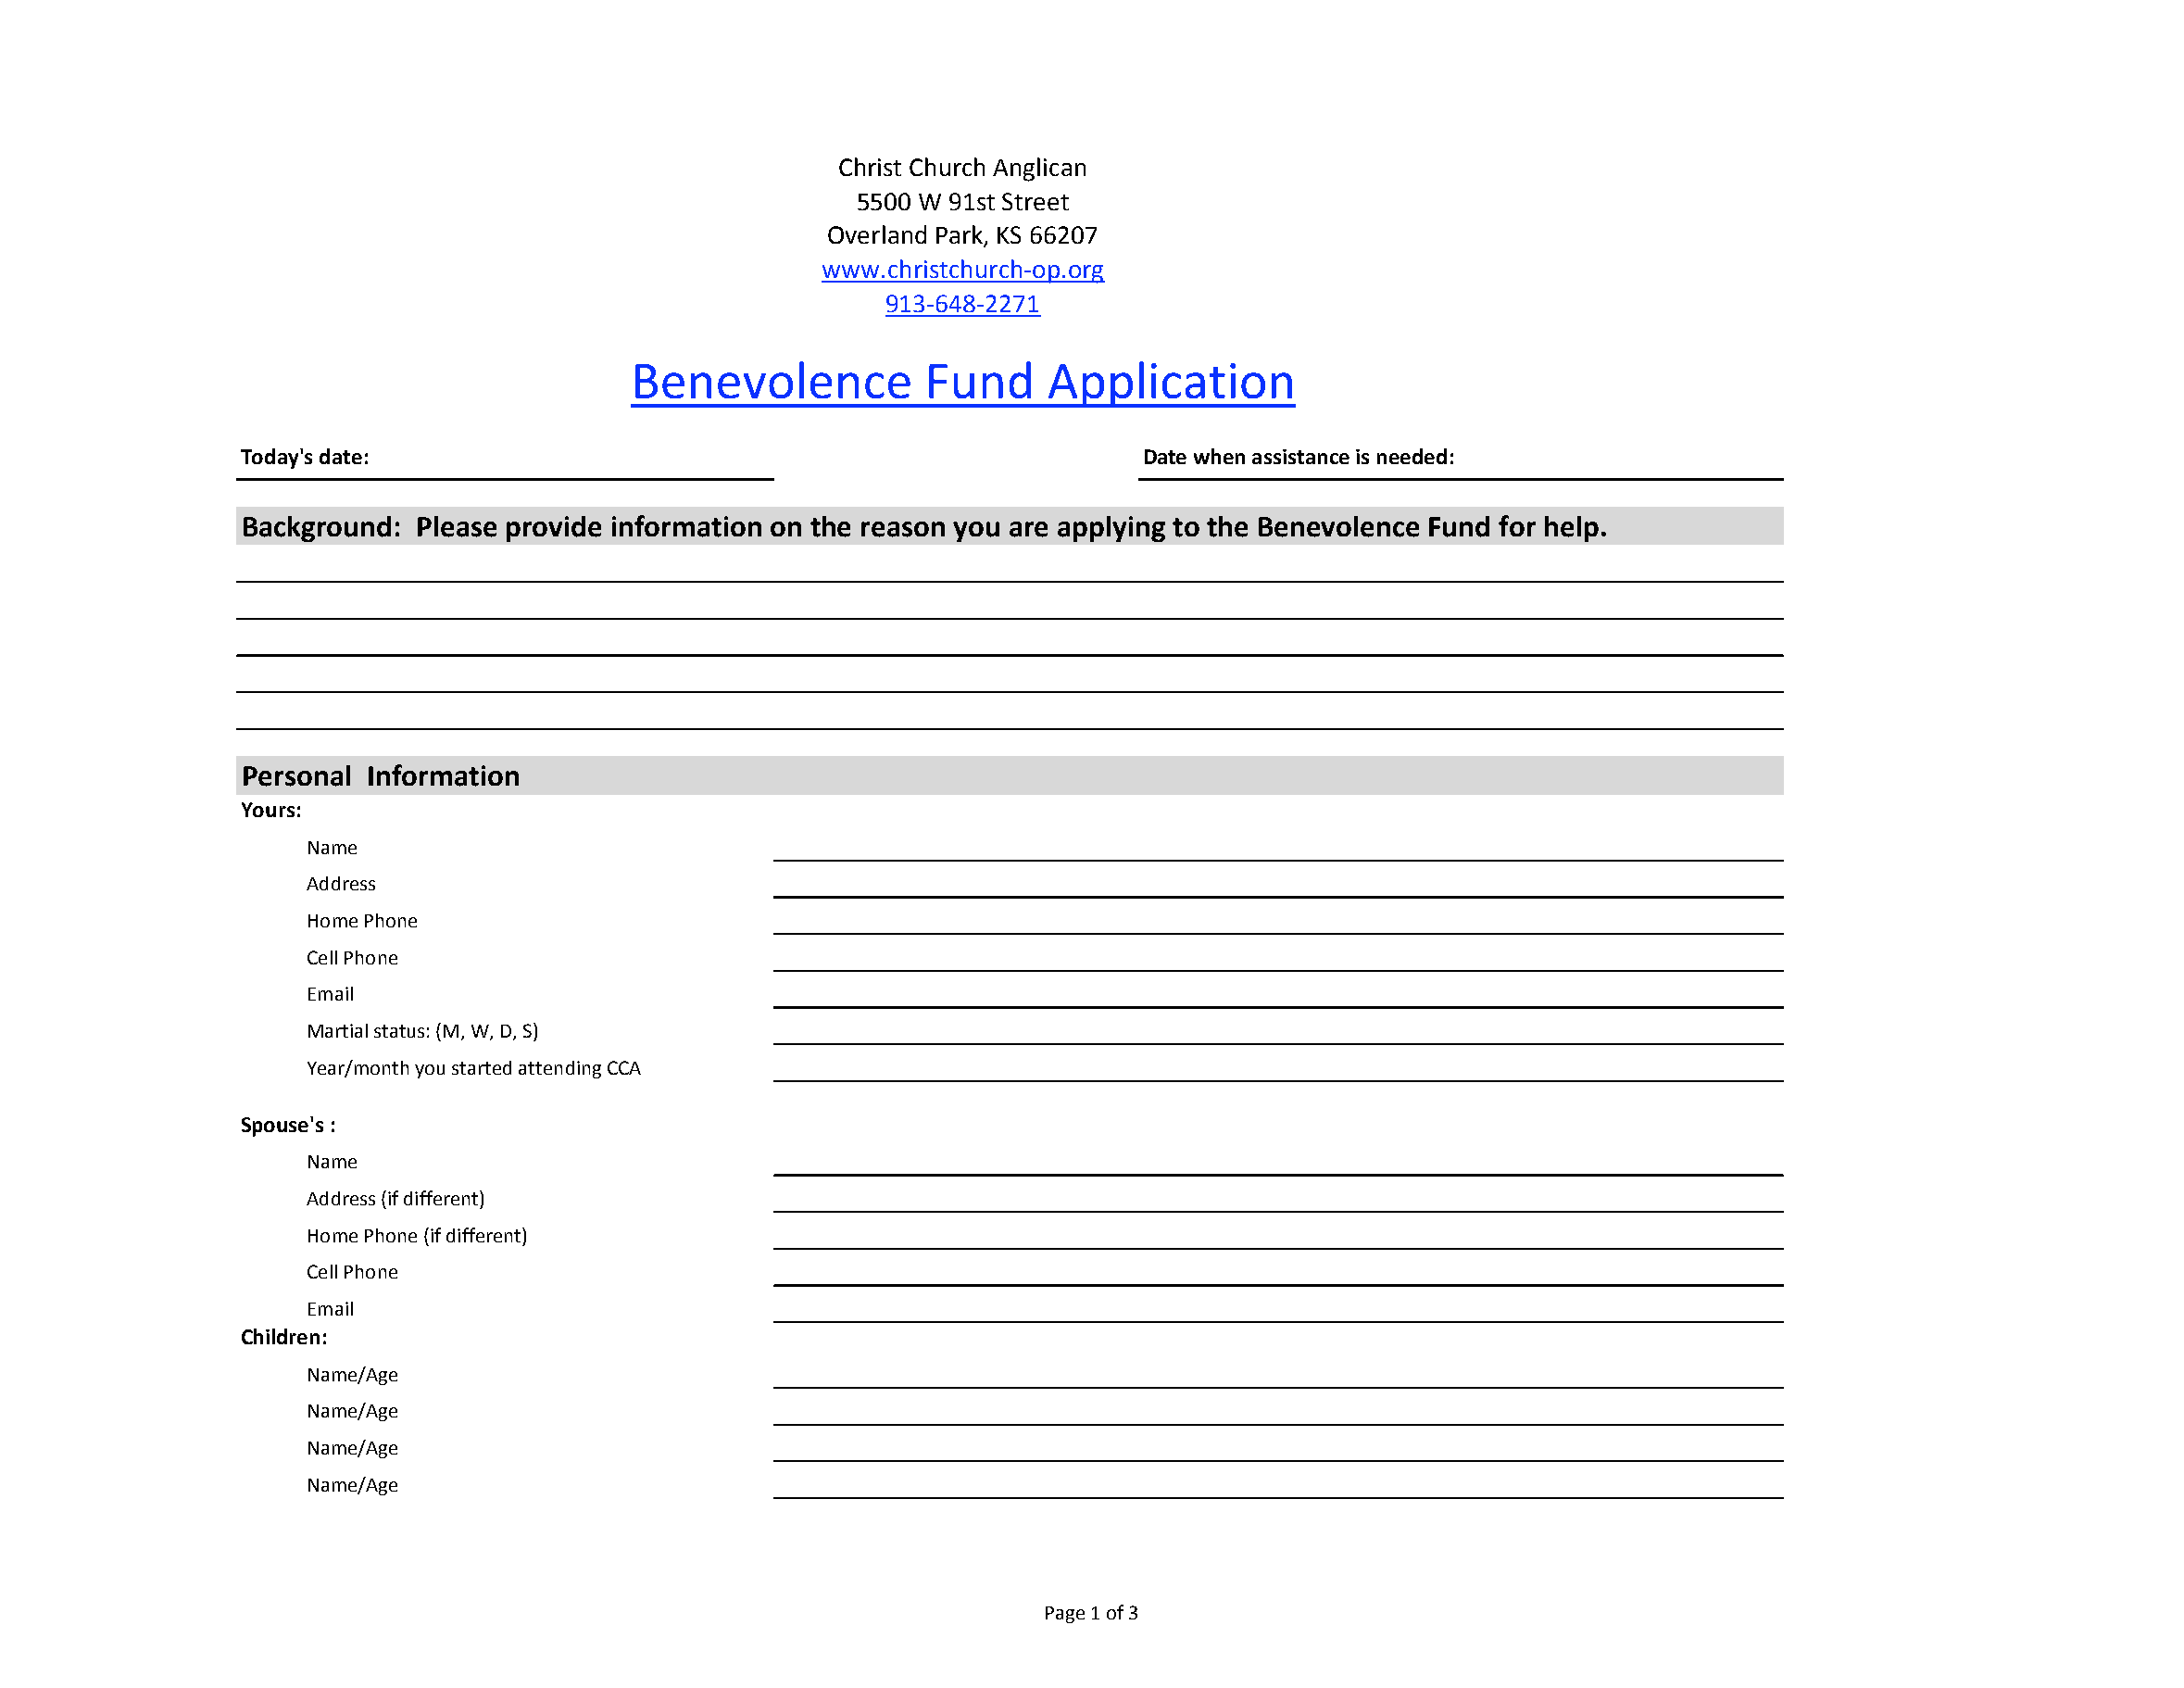
Christ Church Anglican
 5500 W 91st Street
 Overland Park, KS 66207
 www.christchurch‐op.org
 913‐648‐2271
 Benevolence          Fund     Application
 Today's date:                                                    Date when assistance is needed:
 Background:  Please provide information on the reason you are applying to the Benevolence Fund for help.
 Personal Information
 Yours:
 Name
 Address
 Home Phone
 Cell Phone
 Email
 Martial status: (M, W, D, S)
 Year/month you started attending CCA
 Spouse's :
 Name
 Address (if different)
 Home Phone (if different)
 Cell Phone
 Email
 Children:
 Name/Age
 Name/Age
 Name/Age
 Name/Age
 Page 1 of 3